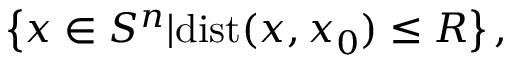
\left\{ x \in S ^ { n } | \mathrm { d i s t } ( x , x _ { 0 } ) \leq R \right\} ,